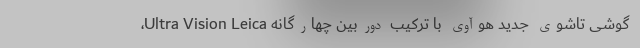
گوشی تاشوی جدید هوآوی با ترکیب دوربین چهارگانه Ultra Vision Leica،